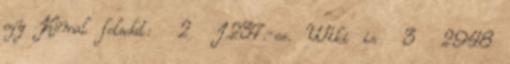
egy Kömal feladat: 2 I.237.-es. Wiki is 3 2948